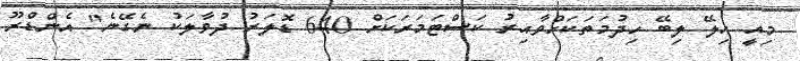
މިއީ ހިލޭ ލިބޭ ހިދުމަތަކަށްވާއިރު ކަސްޓަމަރަކަށް 640 ޑޮލަރު ދުވާލަކު ނެގޭނެ" އެންޑްރޫ